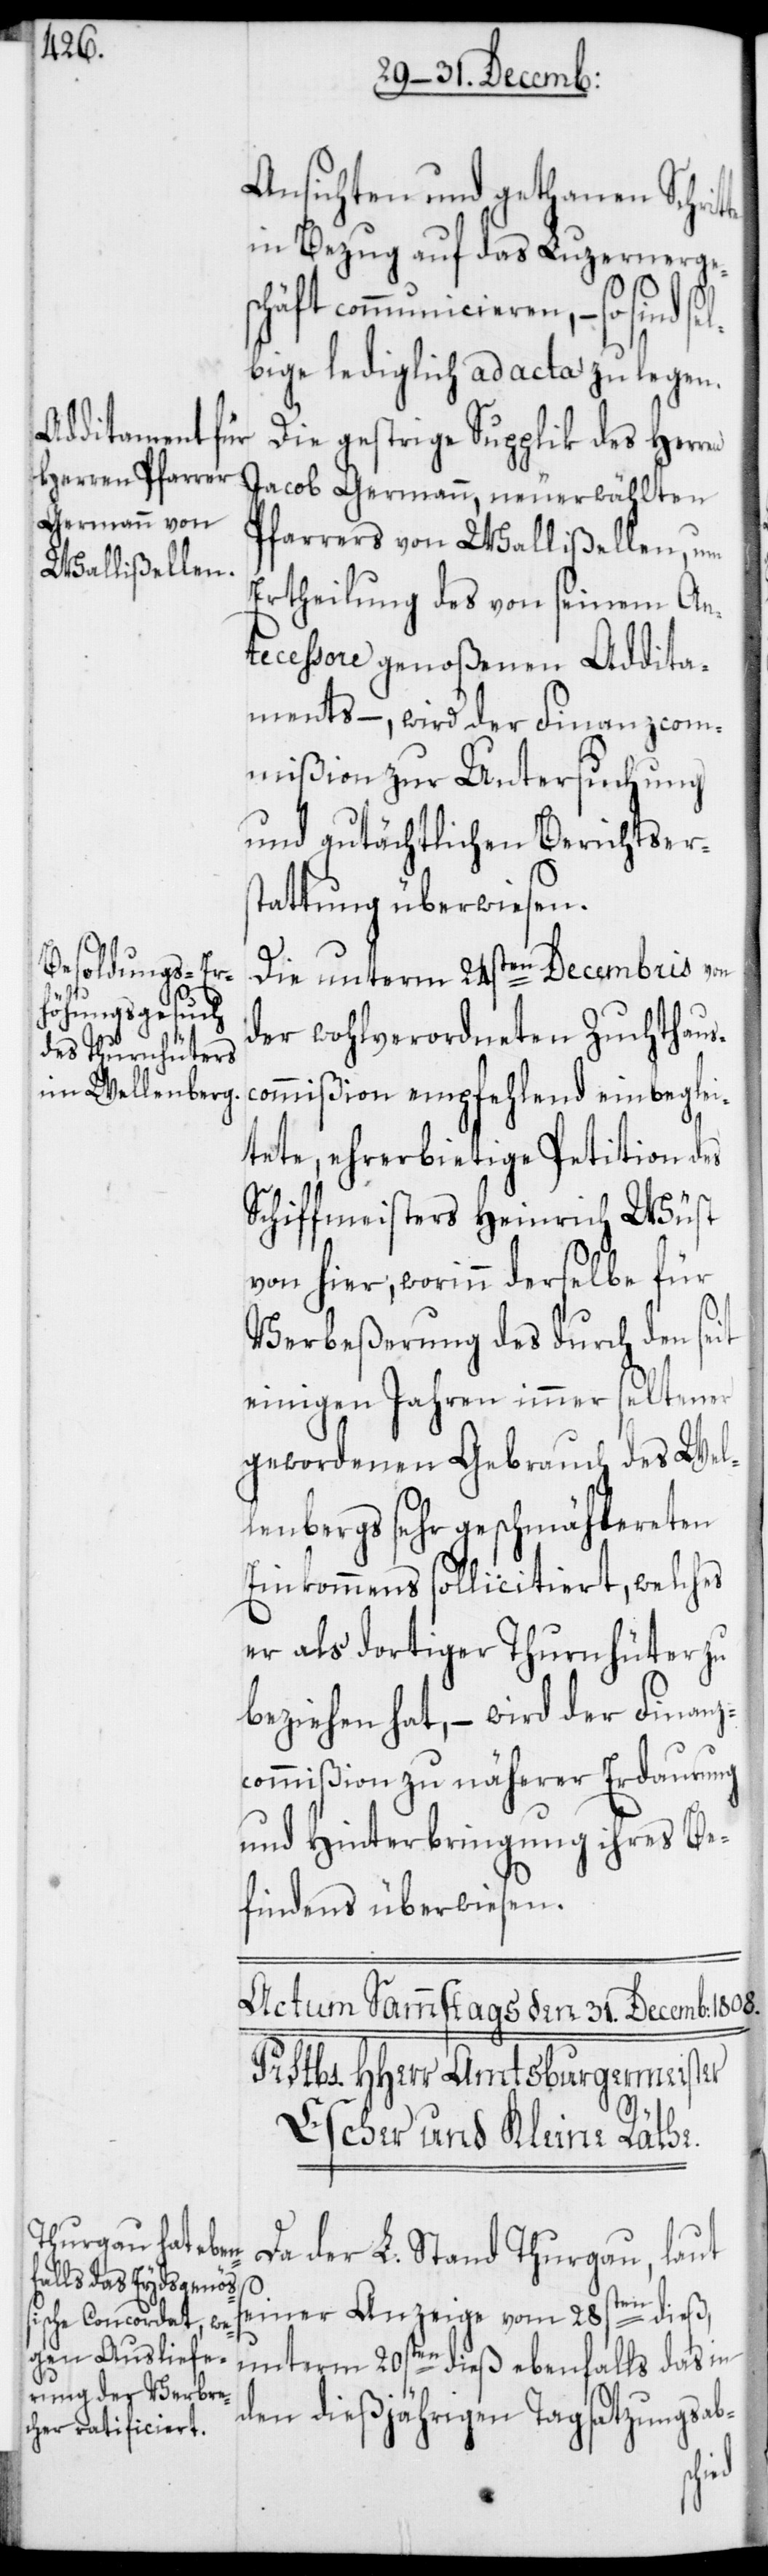
Ansichten und gethanen Schrit¬
in Bezug auf das Luzernerges¬
chäft communicieren, – so sind
bige lediglich ad acta zu legen.
Die gestrige Supplik des Herr¬
Jacob Germann, neuerwählten
Pfarrers von Wallißellen, um
Ertheilung des von seinem An¬
tecessore genoßenen Addita¬
ments –, wird der Finanzcom¬
mißion zur Untersuchung
und gutächtlichen Berichtsers¬
tattung überwiesen.
Die unterm 24sten Decembris von
en
der wohlverordneten Zuchthaus¬
commißion empfehlend einbeglei¬
tete, ehrerbietige Petition des
Schiffmeisters Heinrich Wüst
von hier, worinn derselbe für
Verbeßerung des durch den seit
einigen Jahren immer seltener
gewordenen Gebrauch des Wel¬
lenbergs sehr geschmählereten
Einkommens sollicitiert, welches
er als dortiger Thurnhüter zu
beziehen hat, – wird der Finanz¬
commißion zu näherer Erdaurung
und Hinterbringung ihres Be¬
findens überwiesen.
Da der L. Stand Thurgau, laut
te
seiner Anzeige vom 28sten dieß,
unterm 20sten dieß ebenfalls das in
den dießjährigen Tagsatzungsab-
sel¬